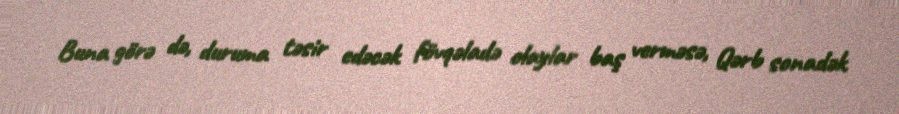
Buna görə də, duruma təsir edəcək fövqəladə olaylar baş verməsə, Qərb sonadək